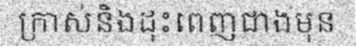
ក្រាស់និងដុះពេញជាងមុន